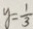
y = \frac { 1 } { 3 }